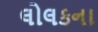
લોલકના